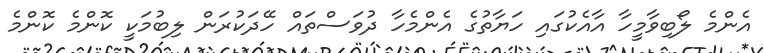
އެންމެ ލޯބިވާމީހާ އާއެކުގައި ހަޔާތުގެ އެންމެހާ ދުވަސްތައް ހޭދަކުރަން ލިބުމަކީ ކޮންމެ ކޮންމެ